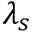
\lambda _ { s }